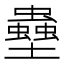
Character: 𫯀